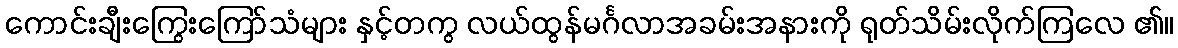
ကောင်းချီးကြွေးကြော်သံများ နှင့်တကွ လယ်ထွန်မင်္ဂလာအခမ်းအနားကို ရုတ်သိမ်းလိုက်ကြလေ ၏။